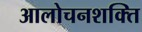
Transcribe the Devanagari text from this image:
आलोचनशक्ति